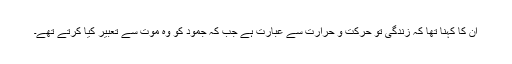
ان کا کہنا تھا کہ زندگی تو حرکت و حرارت سے عبارت ہے جب کہ جمود کو وہ موت سے تعبیر کیا کرتے تھے۔